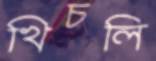
খিচলি